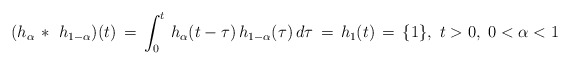
\begin{align*}(h_\alpha\, *\ h_{1-\alpha})(t) \, = \, \int_0^t \, h_\alpha(t-\tau)\, h_{1-\alpha}(\tau)\, d\tau \, = \, h_1(t)\, = \, \{1\},\ t>0,\ 0<\alpha < 1\end{align*}